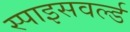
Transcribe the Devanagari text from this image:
स्पाइसवर्ल्ड